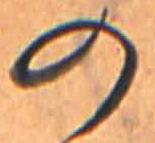
の